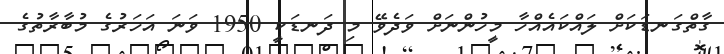
ގާތްގަނޑަކަށް ލައްކައެއްހާ މީހުންނަށް ވަދެވޭ މި ދަނޑަކީ 1950 ވަނަ އަހަރުގެ މުބާރާތުގެ